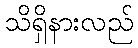
သိရှိနားလည်